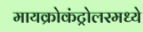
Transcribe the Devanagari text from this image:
मायक्रोकंट्रोलरमध्ये